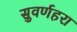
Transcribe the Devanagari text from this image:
सुवर्णहरा